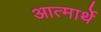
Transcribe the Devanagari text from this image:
आत्मार्थे